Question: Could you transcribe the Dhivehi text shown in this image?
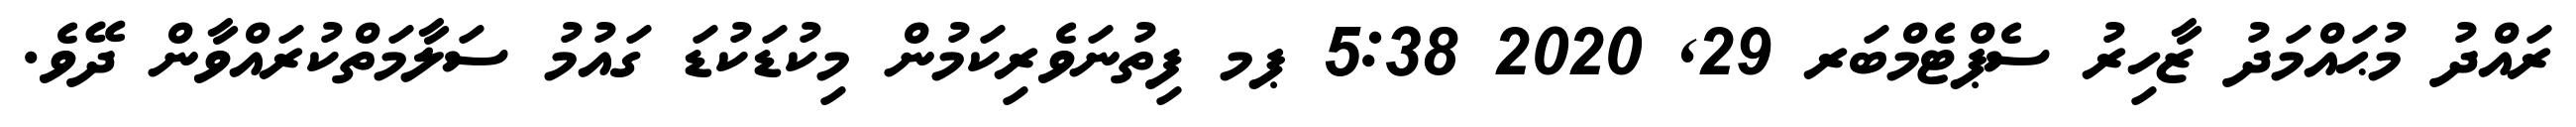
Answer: ރައްދު މުޙައްމަދު ޒާހިރު ސެޕްޓެމްބަރ 29, 2020 5:38 ޕމ ފިތުނަވެރިކަމުން މިކުޑަކުޑަ ގައުމު ސަލާމަތްކުރައްވާން ދޭވެ.